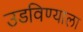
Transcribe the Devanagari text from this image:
उडविण्याला